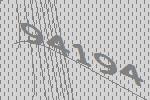
94194